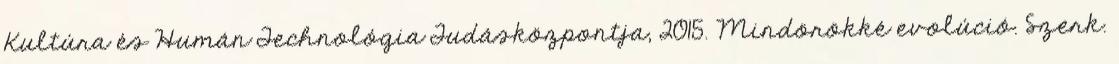
Kultúra és Humán Technológia Tudásközpontja, 2015. Mindörökké evolúció. Szerk.